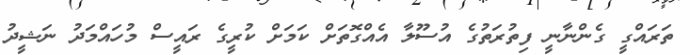
ތަރައްގީ ގެންނާނީ ފިތުރަތުގެ އުސޫލާ އެއްގޮތަށް ކަމަށް ކުރީގެ ރައީސް މުހައްމަދު ނަޝީދު